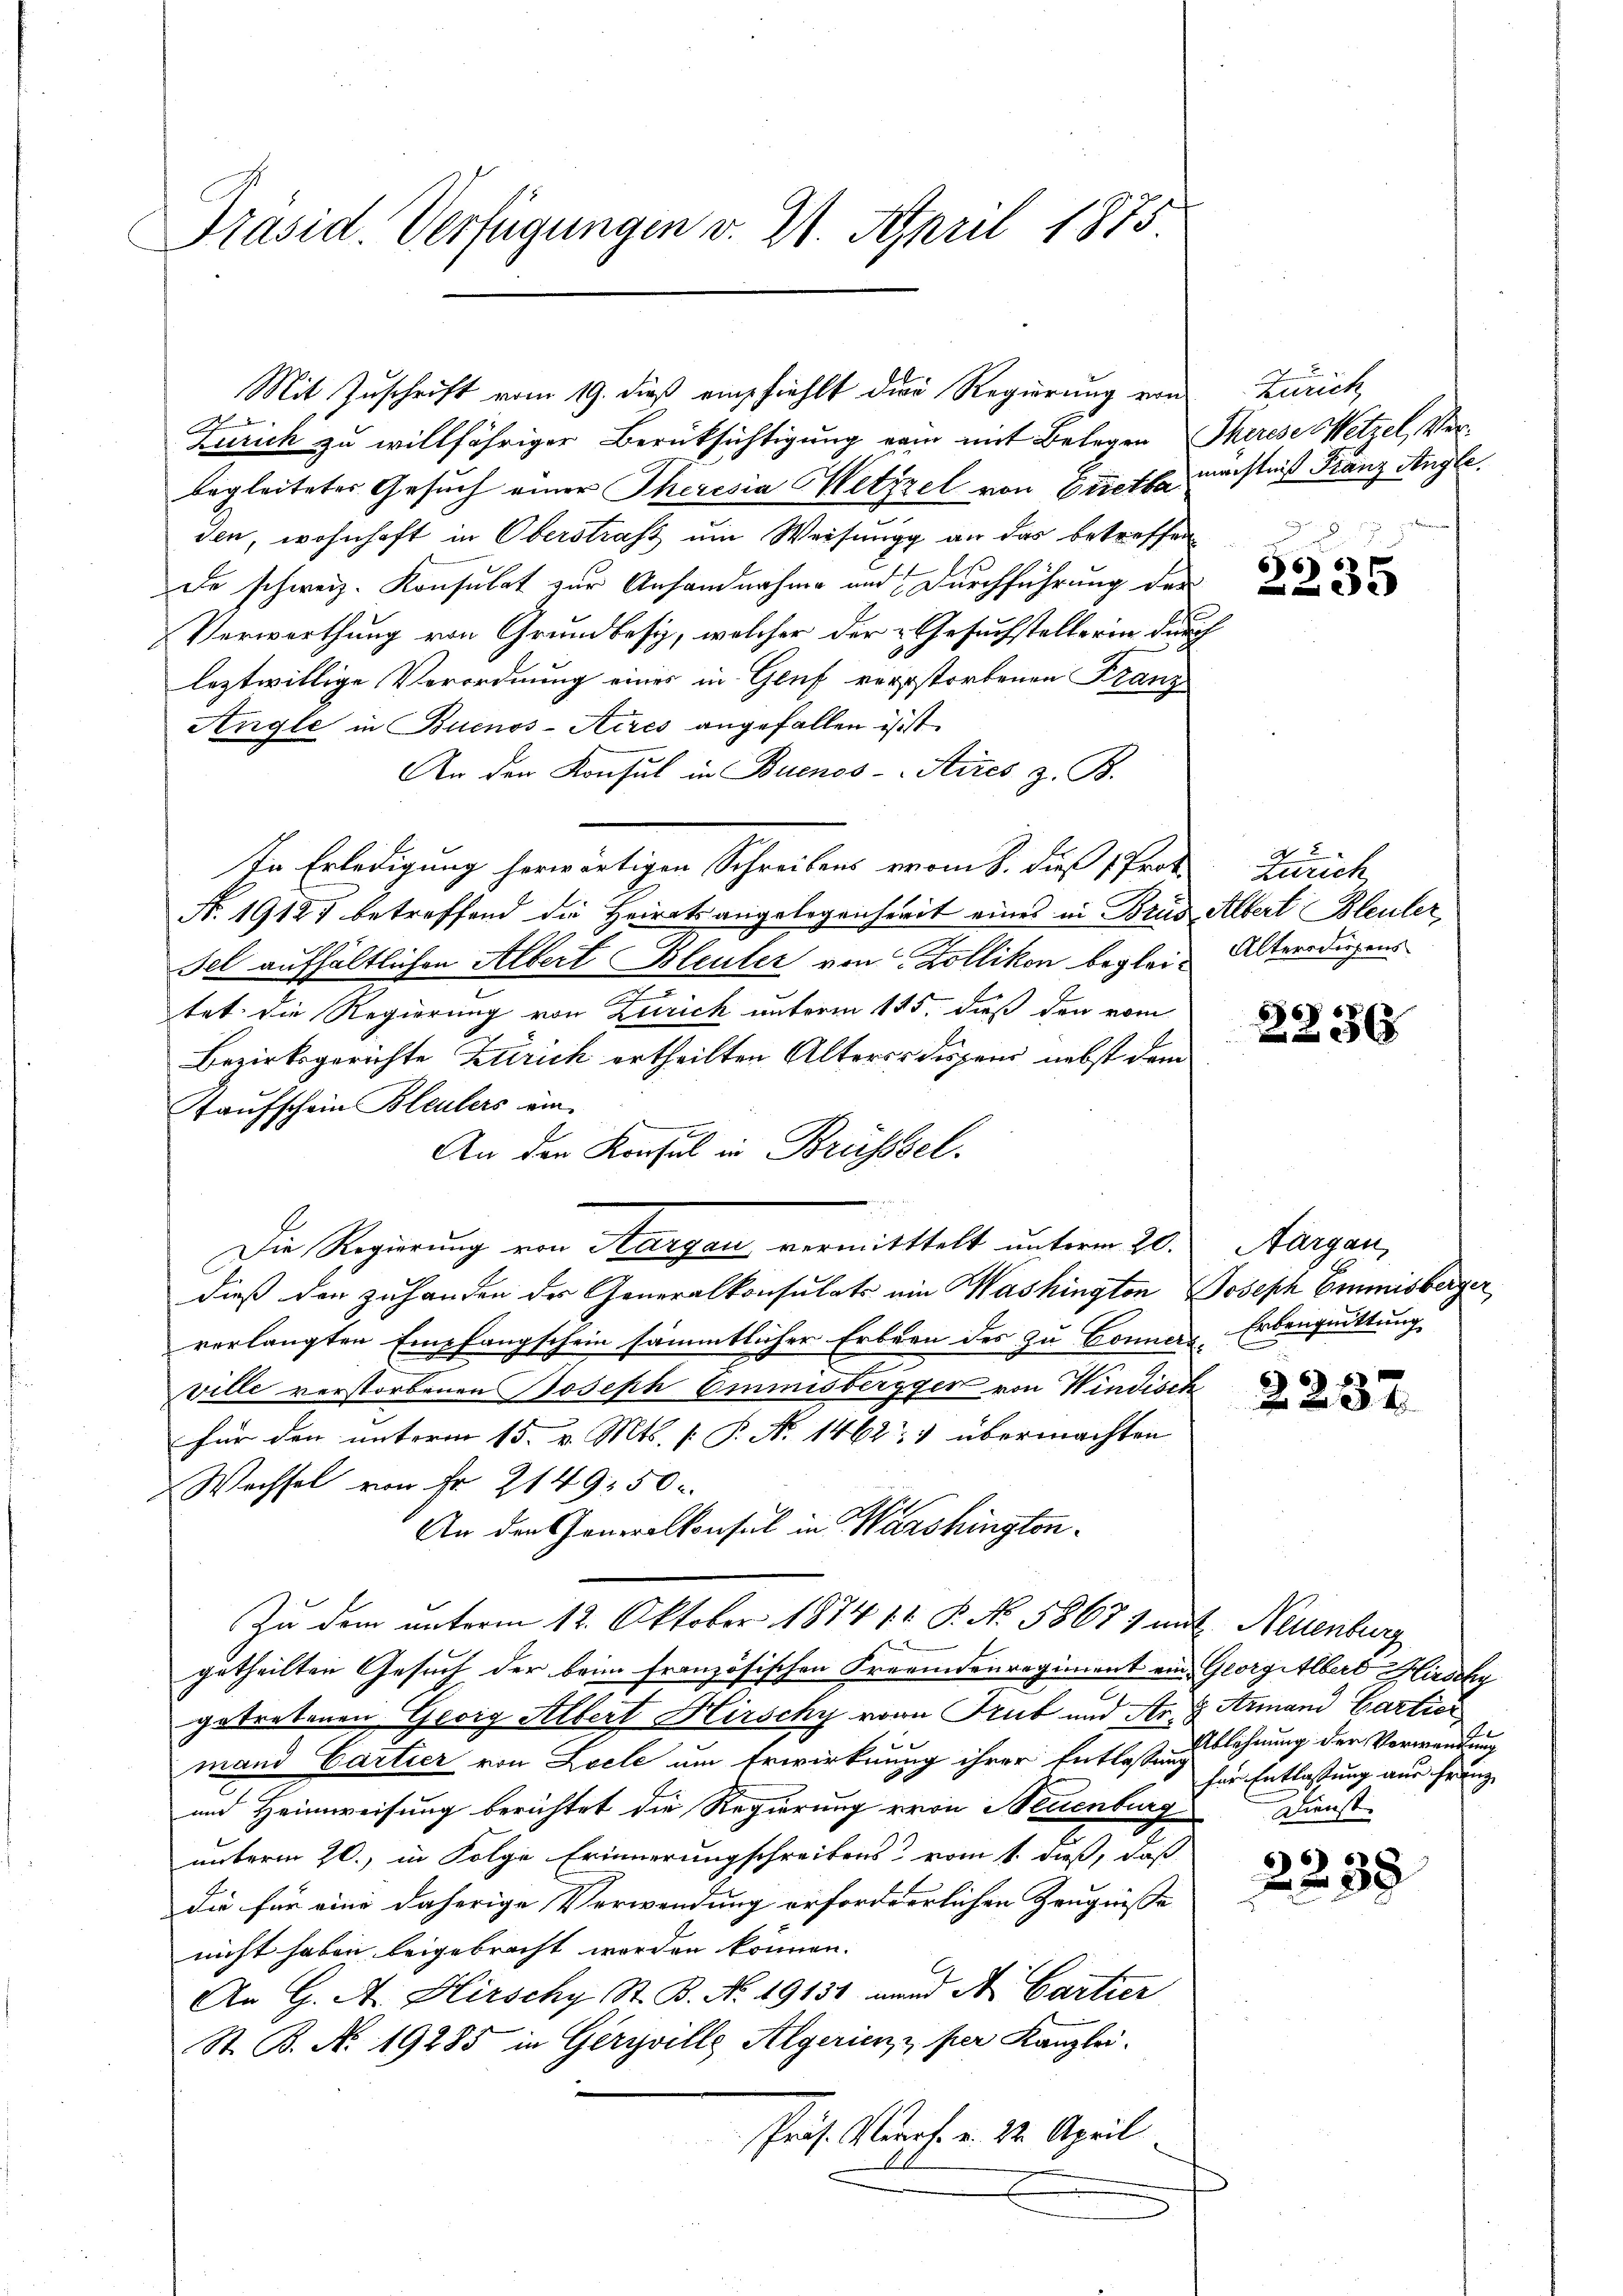
Präsid. Verfügungen v. 21. April 1875

Ich
Zürich zu willfähriger Berücksichtigung ein mit Belegen Therese Wetzel, Verbegleitetes Gesuch einer Theresia Metzzel von Stette mächtnis Franz Angle.
den, wohnhaft in Oberstraft um Weisungg an das betreffen
De schweiz. Konsulat zur Anhandnahme und Durchführung der
Verwerthung von Grundbesiz, welcher der Gesuchstellerin durch
leztwillige Verordnung eines in Genf verstorbenen Franz
Angle in Buenos-Aires angefallen istst
An den Konsul in Buenos-Aires z. B.
te Erledigung herwärtigen Schreibens vom 8. dieß Prof.
N. 1918 betreffend die Heiratsangelegenheit eines in Brus Albert Bleuler,
Fel aufhältlichen Albert Bleuler von Zollikon beglei- Alteredigens
n
tet die Regierung von Zürich unterm 115. dieß den vom
Bezirksgerichte Zürich ertheilten Alteres diesen nebst dem
Kaufschein Bleulers ein
An der Konsul in Brüsssel.
Die Regierung von Aargau vermitttelt unterm 20. Aargau,
dieß den zuhanden der Generalkonsulats ein Washington Joseph Emmisberger
verlangten Empfangschein sämmtlicher Erbern des zu Bonnes Erbenquittung
ville verstorbenen Joseph Emmnisbergger von Windisch
für den unterm 15. v. Mts. [ P. N. 1462:1 übermachten
Wechsel von Fr. 2149. 50
An den Generalkonsul in Warshington¬
Zu dem unterm 12. Oktober 1874 11. P. No 58671 mit Neuenburg
getheilten Gesuch der beim französischen Freundenregiment ein Georgilbert Hirschy
getretenen Georg Albert Hirschy von Trub und Ar. & Armand Cartier
mand Cartier von Loele um Erwirkung ihrer Entlassung
und Heimweisung berichtet die Regierung von Neuenburg
unterm 20., in Folge Erinnerungschreibens vom 1. dieß, daß
die für eine daherige Verwendung erforderlichen Zeugnisse
nicht haben beigebracht worden können.
An G. A. Hirschy, St. B. No. 19131 und A. Cartier
St. B. No. 19285 in Geriville Algerien & per Kanzlei.
Präs. Straf. v. 22. April

Mit Zuschrift vom 19. dieß empfiehlt die Regierung von

Zürich

u
661
235

2
Zürich

6
3x

2232

Ablehnung der Verwendung
für Entlassung aus Franz
Dienst

2238